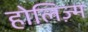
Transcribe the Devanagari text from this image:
होलिज़्म